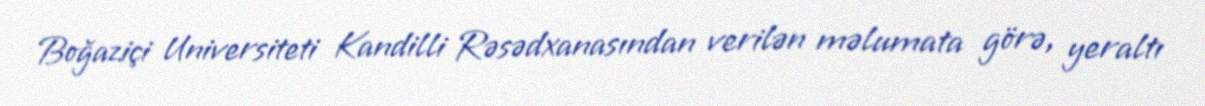
Boğaziçi Universiteti Kandilli Rəsədxanasından verilən məlumata görə, yeraltı